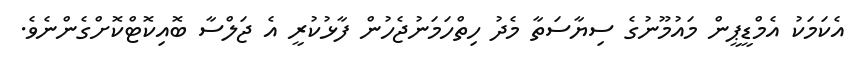
އެކަމަކު އެމްޑީޕީން މައުމޫނުގެ ސިޔާސަތާ މެދު ހިތްހަމަނުޖެހުން ފާޅުކުރީ އެ ޖަލްސާ ބޮއިކޮޓްކޮށްގެންނެވެ.